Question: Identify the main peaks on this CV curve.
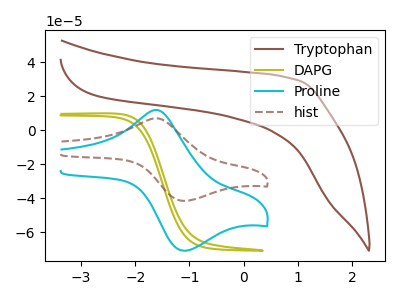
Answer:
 <answer>The brown curve "Tryptophan" has no peaks. The olive curve "DAPG" has no peaks. The cyan curve "Proline" has an anodic peak at (-1.60V, 11.85uA) and a cathodic peak at (-1.10V, -70.80uA). The brown dashed curve "hist" has an anodic peak at (-1.60V, 6.95uA) and a cathodic peak at (-1.10V, -41.50uA).</answer>
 <eval></eval>